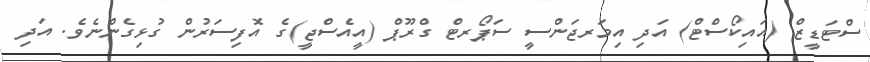
ސްޓަޑީޒް (އައިކޯސްޓް) އަދި އިމަރޖަންސީ ސަޕޯރޓް ގްރޫޕް (އީއެސްޖީ)ގެ އޮފިސަރުން ގުޅިގެންނެވެ. އަދި